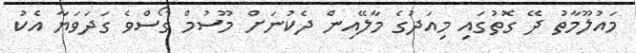
މައުލޫމާތު ދޭ ގޮތުގައި މިއަދުގެ މާލޭއިން ދެކުނަށް މޫސުމް ގޯސްވެ ގަދަވަޔާ އެކު